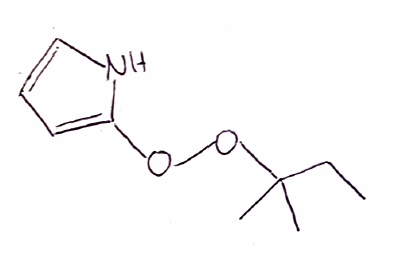
Simplified molecular-input line-entry system (SMILES) notation of the given molecule:
CCC(C)(C)OOC1=CC=CN1